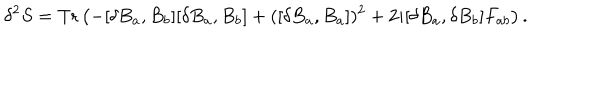
LaTeX: \delta ^ { 2 } S = \mathrm { T r } \left( - [ \delta B _ { a } , B _ { b } ] [ \delta B _ { a } , B _ { b } ] + ( [ \delta B _ { a } , B _ { a } ] ) ^ { 2 } + 2 i [ \delta B _ { a } , \delta B _ { b } ] F _ { a b } \right) .